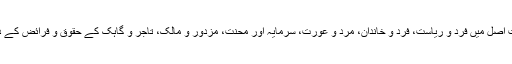
اسلامی احکامات و شریعت، فکریات و نظریات اصل میں فرد و ریاست، فرد و خاندان، مرد و عورت، سرمایہ اور محنت، مزدور و مالک، تاجر و گاہک کے حقوق و فرائض کے درمیان ایک حسین توازن اور امتزاج کا نام ہے۔